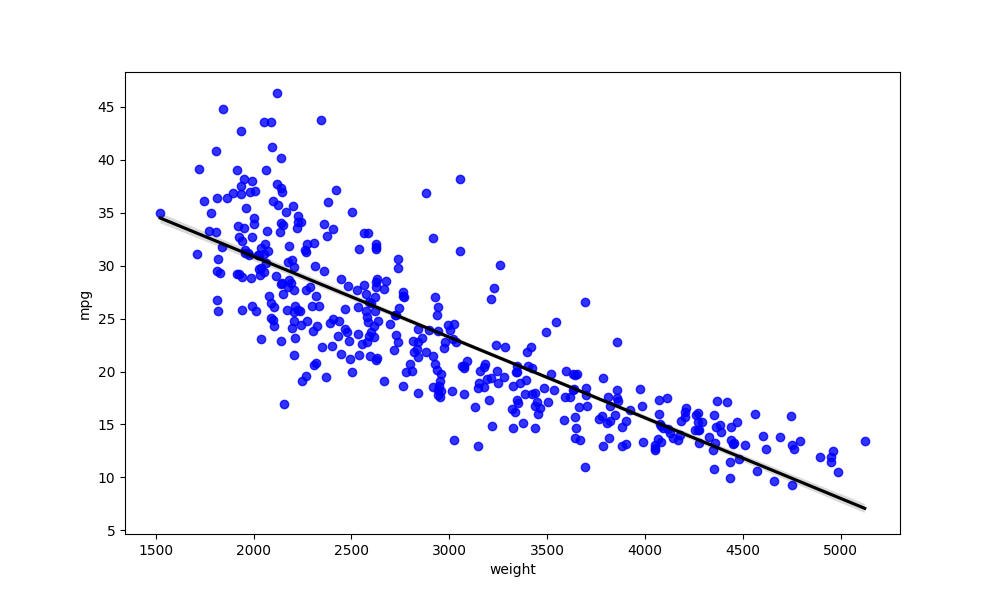
python, seaborn, regplot, order=1, ci=68, scatter_color=blue, line_color=black